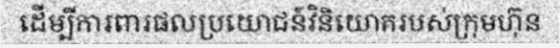
ដើម្បីការពារផលប្រយោជន៍វិនិយោគរបស់ក្រុមហ៊ុន